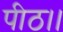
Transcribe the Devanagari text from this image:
पीठ।।